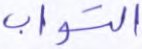
التواب